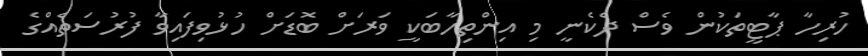
ހުރިހާ ޕާޓީތަކުން ވެސް ދެކެނީ މި އިންތިހާބަކީ ވަރަށް ބޮޑަށް ހުޅުވިފައިވާ ފުރުސަތެއްގެ